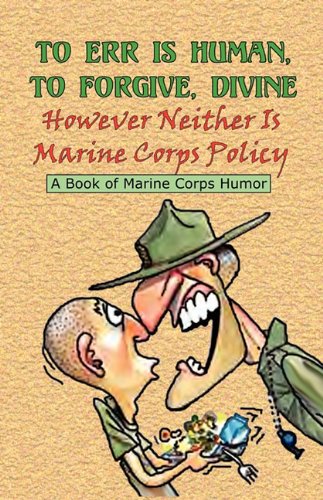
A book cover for TO ERR IS HUMAN, TO FORGIVE DIVINE - However Neither is Marine Corps Policy; Humor & Entertainment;